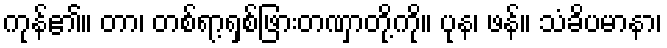
ကုန်၏။ တာ၊ တစ်ရာ့ရှစ်ဖြားတဏှာတို့ကို။ ပုန၊ ဖန်။ သံခိပမာနာ၊